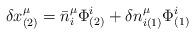
LaTeX: \begin{align*}\delta x^\mu_{(2)}=\bar{n}^\mu_{i}\Phi^{i}_{(2)}+\delta n^{\mu}_{i(1)}\Phi^{i}_{(1)}\end{align*}